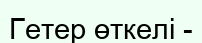
Гетер өткелі -